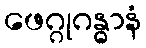
ဖေဂ္ဂုဂန္ဓာနံ